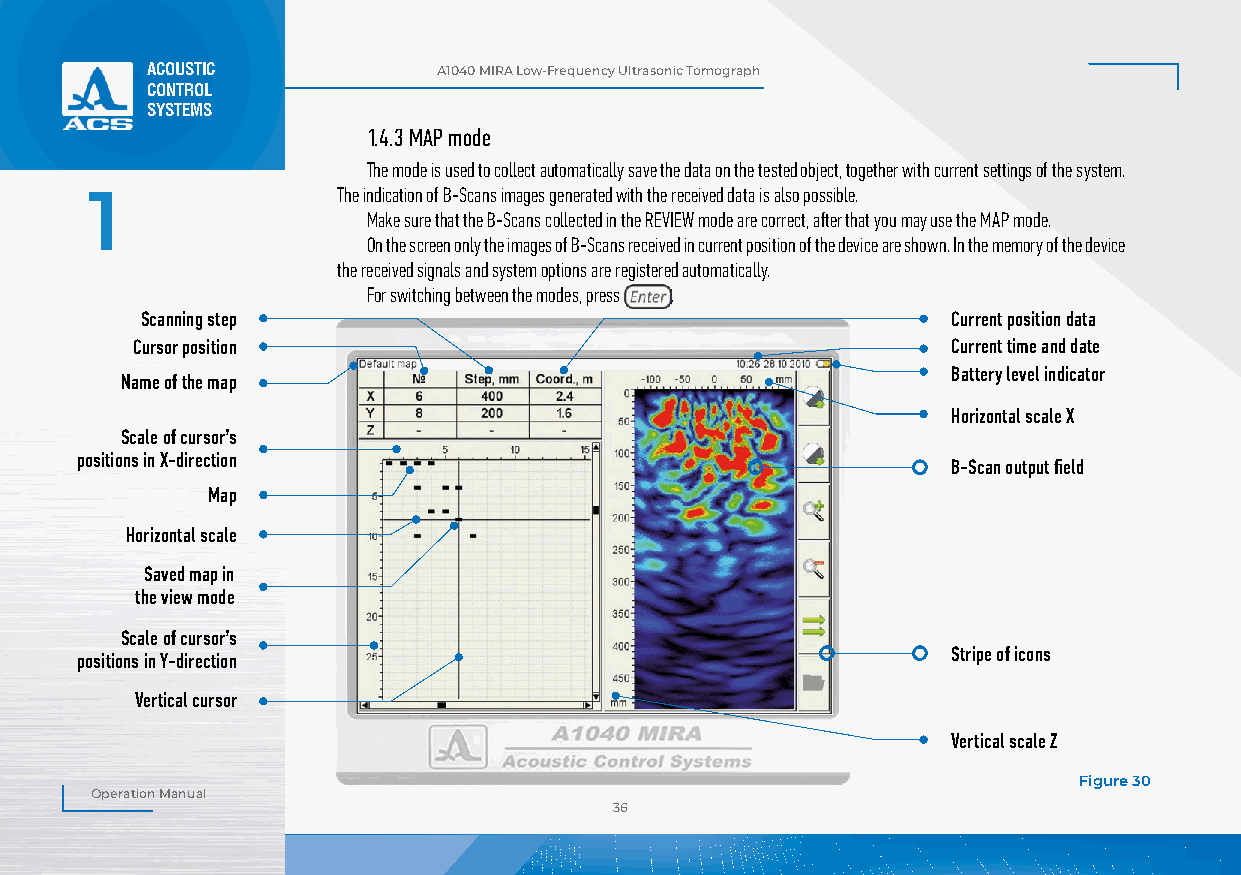
ACOUSTIC           А1040 MIRA Low-Frequency Ultrasonic Tomograph
 CONTROL
 SYSTEMS
 1.4.3 MAP mode
 The mode is used to collect automatically save the data on the tested object, together with current settings of the system.
 1               The indication of B-Scans images generated with the received data is also possible.
 Make sure that the B-Scans collected in the REVIEW mode are correct, after that you may use the MAP mode.
 On the screen only the images of B-Scans received in current position of the device are shown. In the memory of the device
 the received signals and system options are registered automatically.
 For switching between the modes, press .
 Scanning step                                         Current position data
 Cursor position                                       Current time and date
 Battery level indicator
 Name of the map
 Horizontal scale Х
 Scale of cursor’s
 positions in X-direction
 B-Scan output field
 Map
 Horizontal scale
 Saved map in
 the view mode
 Scale of cursor’s
 Stripe of icons
 positions in Y-direction
 Vertical cursor
 Vertical scale Z
 Figure 30
 Operation Manual
 36